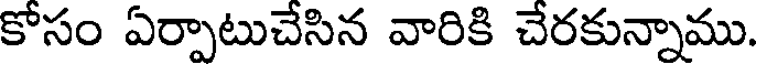
కోసం ఏర్పాటుచేసిన వారికి చేరకున్నాము.